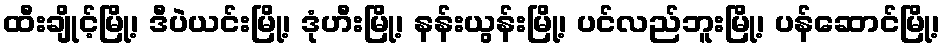
ထီးချိုင့်မြို့၊ ဒီပဲယင်းမြို့၊ ဒုံဟီးမြို့၊ နန်းယွန်းမြို့၊ ပင်လည်ဘူးမြို့၊ ပန်ဆောင်မြို့၊